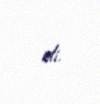
idi.